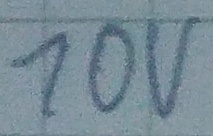
Text: 10V